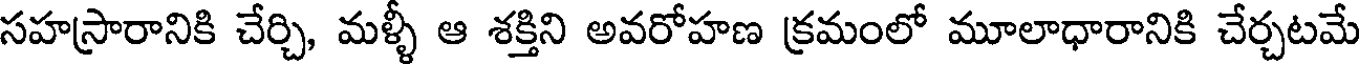
సహస్రారానికి చేర్చి, మళ్ళీ ఆ శక్తిని అవరోహణ క్రమంలో మూలాధారానికి చేర్చటమే